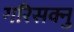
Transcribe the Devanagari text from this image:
गरिसक्नु